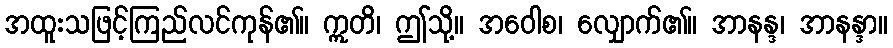
အထူးသဖြင့်ကြည်လင်ကုန်၏။ ဣတိ၊ ဤသို့။ အဝေါစ၊ လျှောက်၏။ အာနန္ဒ၊ အာနန္ဒာ။